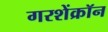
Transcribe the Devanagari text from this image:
गरशेंक्रॉन